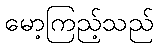
မော့ကြည့်သည်